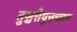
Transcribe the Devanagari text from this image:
तुञ्चत्तेष़ुत्तच्छन